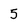
Character: 5